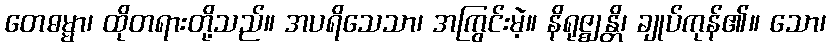
တေဓမ္မာ၊ ထိုတရားတို့သည်။ အပရိသေသာ၊ အကြွင်းမဲ့။ နိရုဇ္ဈန္တိ၊ ချုပ်ကုန်၏။ သော၊